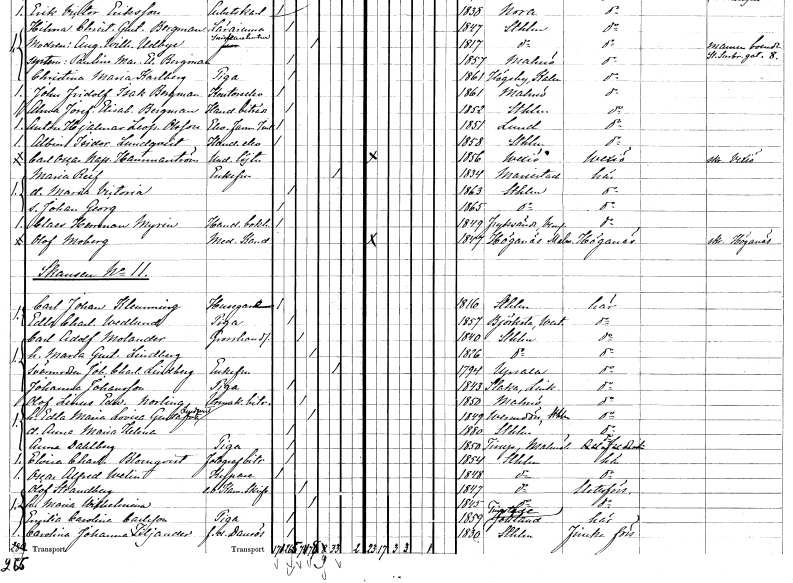
gt_parse: households: individuals: FN: Maria
EN: Reif
KON: K
CIV: E
FODAR: 1834
FODFORS: Mariestad Skaraborgs län
FN: Maria Victoria
KON: K
CIV: O
FODAR: 1863
FODFORS: Stockholm
FN: Johan Georg
KON: M
CIV: O
FODAR: 1865
FODFORS: Stockholm
FN: Claes Herrman
EN: Myrén
YRKE: Handelsbokhållare
KON: M
CIV: O
FODAR: 1849
FODFORS: Fryksände Värmlands län
FN: Olof
EN: Moberg
YRKE: Medicine kandidat
KON: M
CIV: O
FODAR: 1847
FODFORS: Höganäs Malmöhus län
FN: Carl Johan
EN: Klemming
YRKE: Husägare
KON: M
CIV: O
FODAR: 1816
FODFORS: Stockholm
FN: Edla Charlotta
EN: Wedlund
YRKE: Piga
KON: K
CIV: O
FODAR: 1857
FODFORS: Björksta Västmanlands län
FN: Carl Adolf
EN: Molander
YRKE: Grosshandlare
KON: M
CIV: G
FODAR: 1840
FODFORS: Stockholm
FN: Maria Gustava
EN: Lindberg
KON: K
CIV: G
FODAR: 1826
FODFORS: Stockholm
FN: Johanna Charlotta
EN: Lindberg
KON: K
CIV: E
FODAR: 1794
FODFORS: Uppsala Uppsala län
FN: Johanna
EN: Johansson
YRKE: Piga
KON: K
CIV: O
FODAR: 1843
FODFORS: Slaka Östergötlands län
FN: Olof Linus Edward
EN: Norling
YRKE: Urmakeribiträde
KON: M
CIV: G
FODAR: 1850
FODFORS: Malmö Malmöhus län
FN: Edla Maria Lovisa Gustafva
EN: Lundqvist
KON: K
CIV: G
FODAR: 1849
FODFORS: Värmdö Stockholms län
FN: Anna Maria Helena
KON: K
CIV: O
FODAR: 1880
FODFORS: Stockholm
FN: Anna
EN: Dahlberg
YRKE: Piga
KON: K
CIV: O
FODAR: 1850
FODFORS: Tirup Malmöhus län
FN: Elvira Charlotta
EN: Blomqvist
YRKE: Fotografbiträde
KON: K
CIV: O
FODAR: 1854
FODFORS: Stockholm
FN: Oscar Alfred
EN: Welin
YRKE: Kypare
KON: M
CIV: O
FODAR: 1848
FODFORS: Stockholm
FN: Olof
EN: Strandberg
YRKE: Kammarskrivare e.o.
KON: M
CIV: G
FODAR: 1847
FODFORS: Stockholm
FN: Maria Wilhelmina
KON: K
CIV: G
FODAR: 1845
FODFORS: Stockholm
FN: Emilia Carolina
EN: Carlsson
YRKE: Piga
KON: K
CIV: O
FODAR: 1859
FODFORS: Tingstäde Gotlands län
FN: Carolina Johanna
EN: Tiljander
YRKE: Dansös f.d.
KON: K
CIV: O
FODAR: 1830
FODFORS: Stockholm